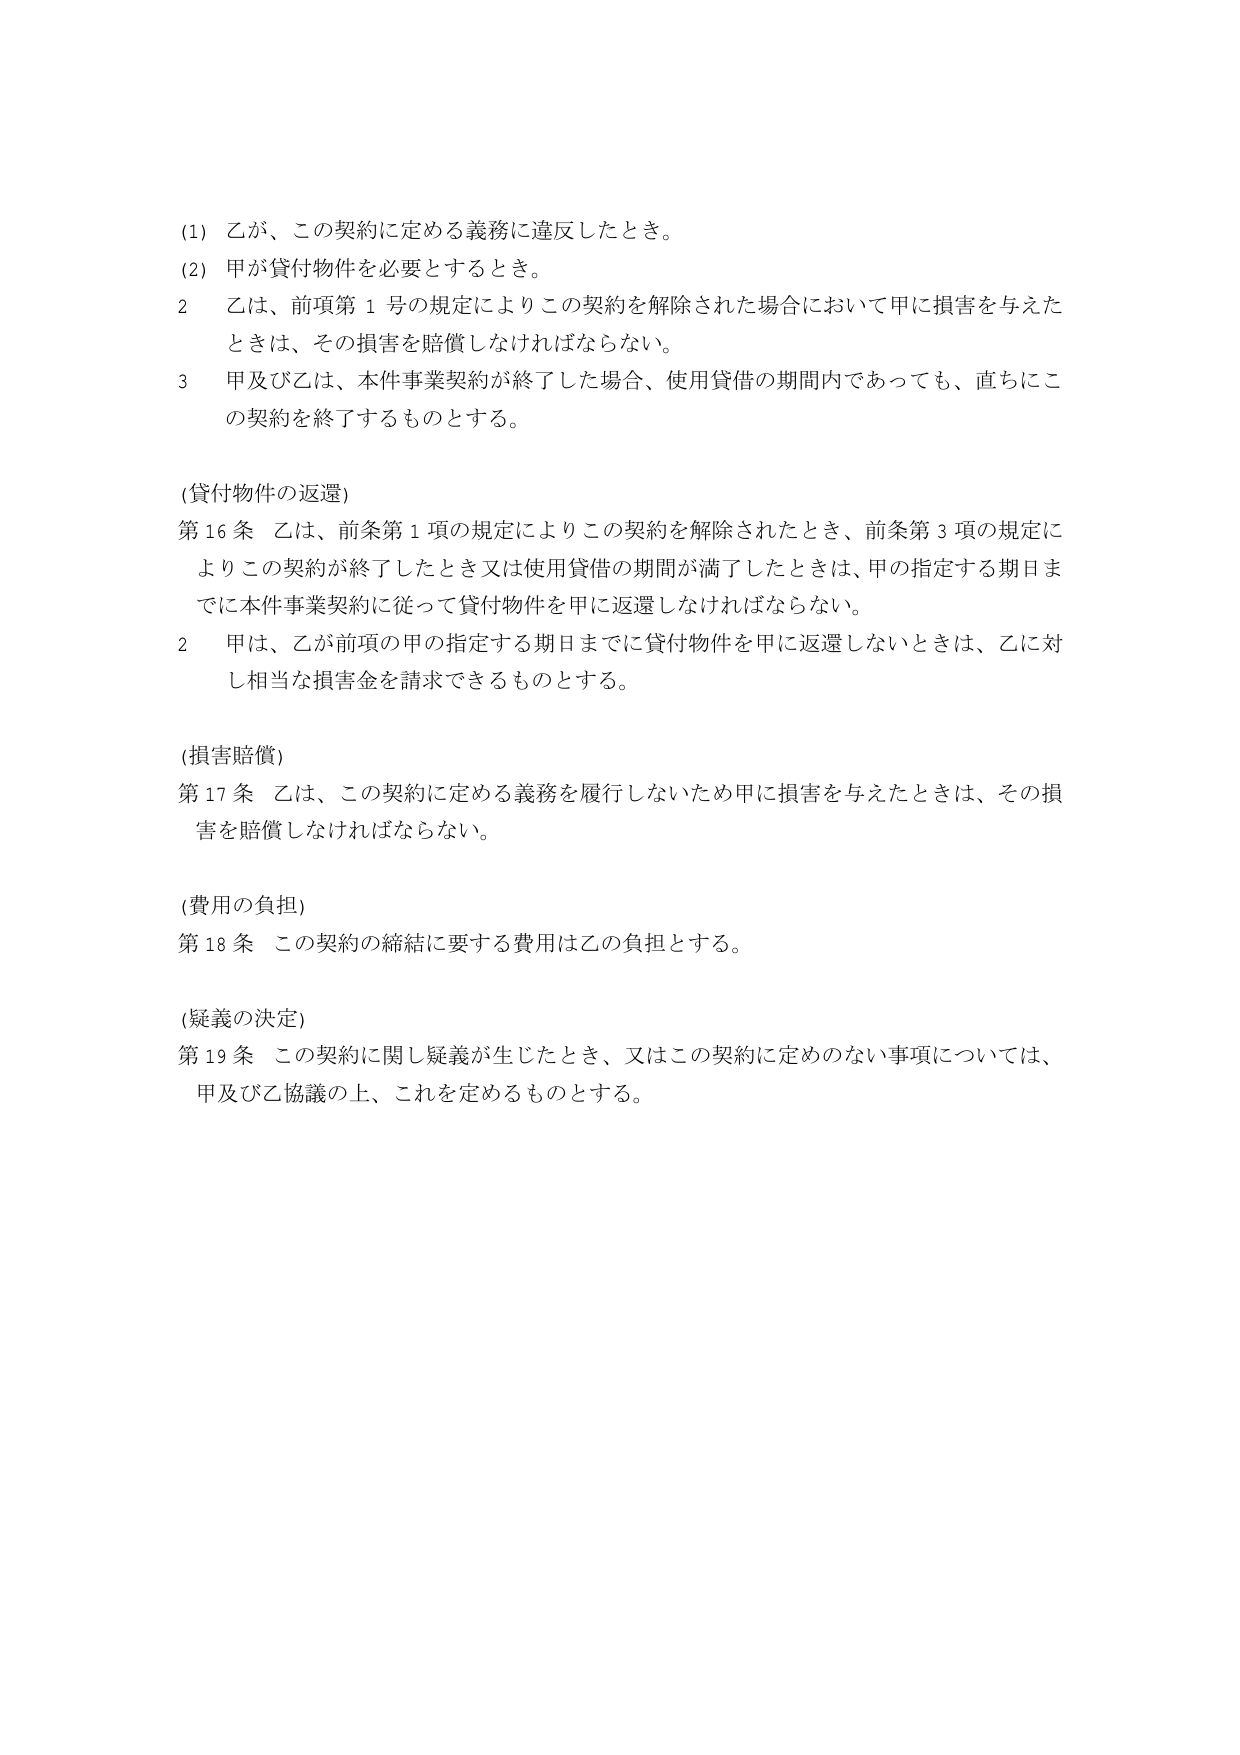
(1) 乙が、この契約に定める義務に違反したとき。
(2) 甲が貸付物件を必要とするとき。
2 乙は、前項第1号の規定によりこの契約を解除された場合において甲に損害を与えたときは、その損害を賠償しなければならない。
3 甲及び乙は、本件事業契約が終了した場合、使用貸借の期間内であっても、直ちにこの契約を終了するものとする。

(貸付物件の返還)
第16条 乙は、前条第1項の規定によりこの契約を解除されたとき、前条第3項の規定によりこの契約が終了したとき又は使用貸借の期間が満了したときは、甲の指定する期日までに本件事業契約に従って貸付物件を甲に返還しなければならない。
2 甲は、乙が前項の甲の指定する期日までに貸付物件を甲に返還しないときは、乙に対し相当な損害金を請求できるものとする。

(損害賠償)
第17条 乙は、この契約に定める義務を履行しないため甲に損害を与えたときは、その損害を賠償しなければならない。

(費用の負担)
第18条 この契約の締結に要する費用は乙の負担とする。

(疑義の決定)
第19条 この契約に関し疑義が生じたとき、又はこの契約に定めのない事項については、甲及び乙協議の上、これを定めるものとする。